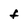
Character: f